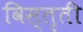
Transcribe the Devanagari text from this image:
विस्तृती